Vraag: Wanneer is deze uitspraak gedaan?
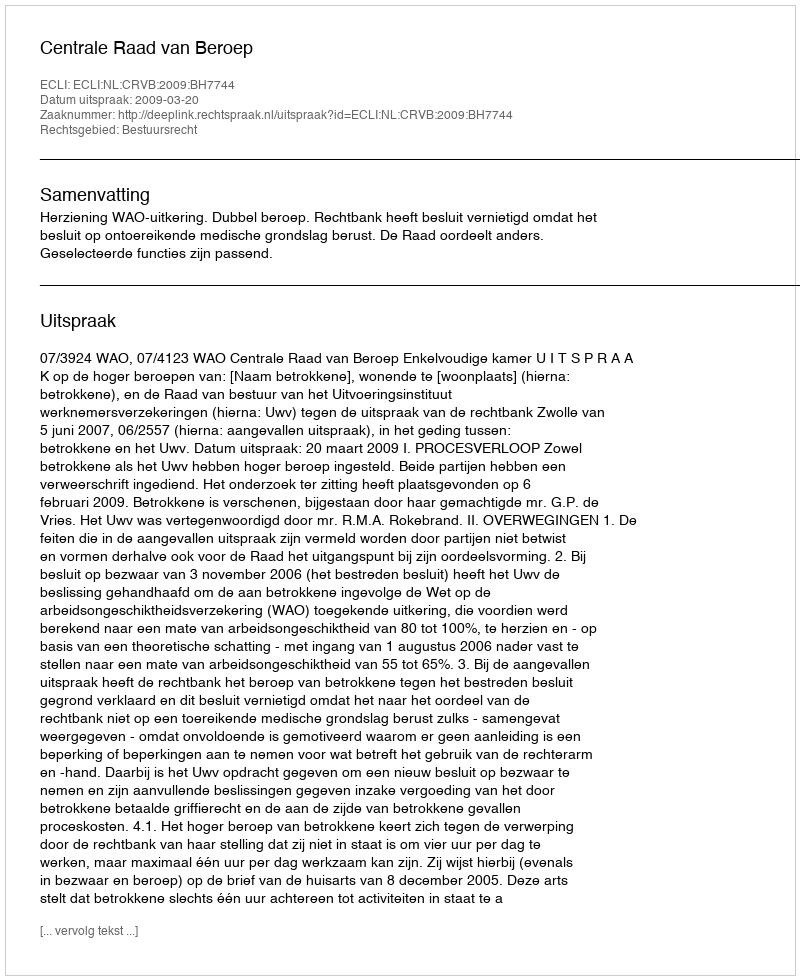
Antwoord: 2009-03-20